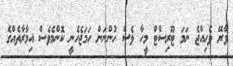
ވާރޭ ވެހިއްޖެ ނަމަ ޓޫރިސްޓް މީހާ ވެސް ހުންނަން ހަމަޖެހެނީ ކޮންމެވެސް އިމާރާތެއްގެ